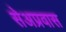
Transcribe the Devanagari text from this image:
सेअप्रवास